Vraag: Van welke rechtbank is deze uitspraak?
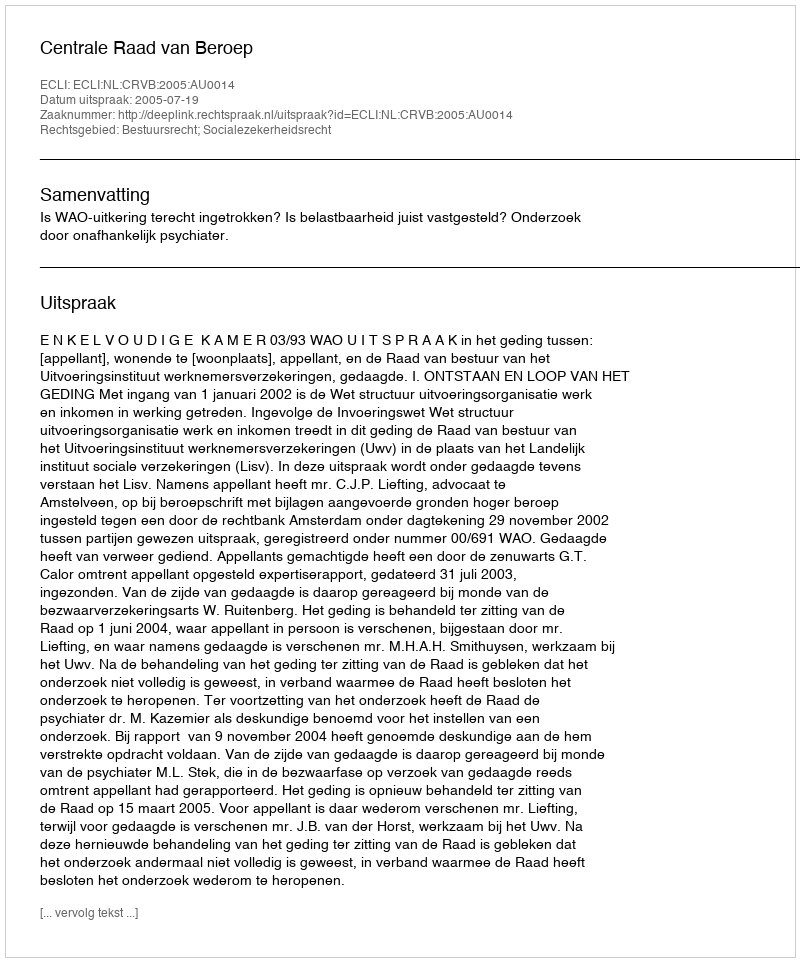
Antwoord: Centrale Raad van Beroep